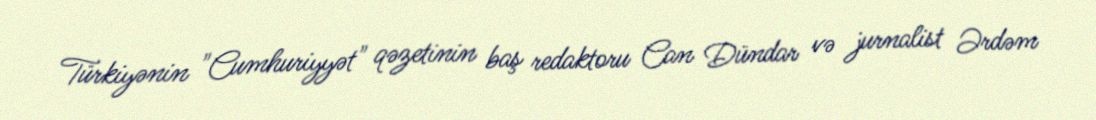
Türkiyənin "Cumhuriyyət" qəzetinin baş redaktoru Can Dündar və jurnalist Ərdəm